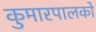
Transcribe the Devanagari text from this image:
कुमारपालको